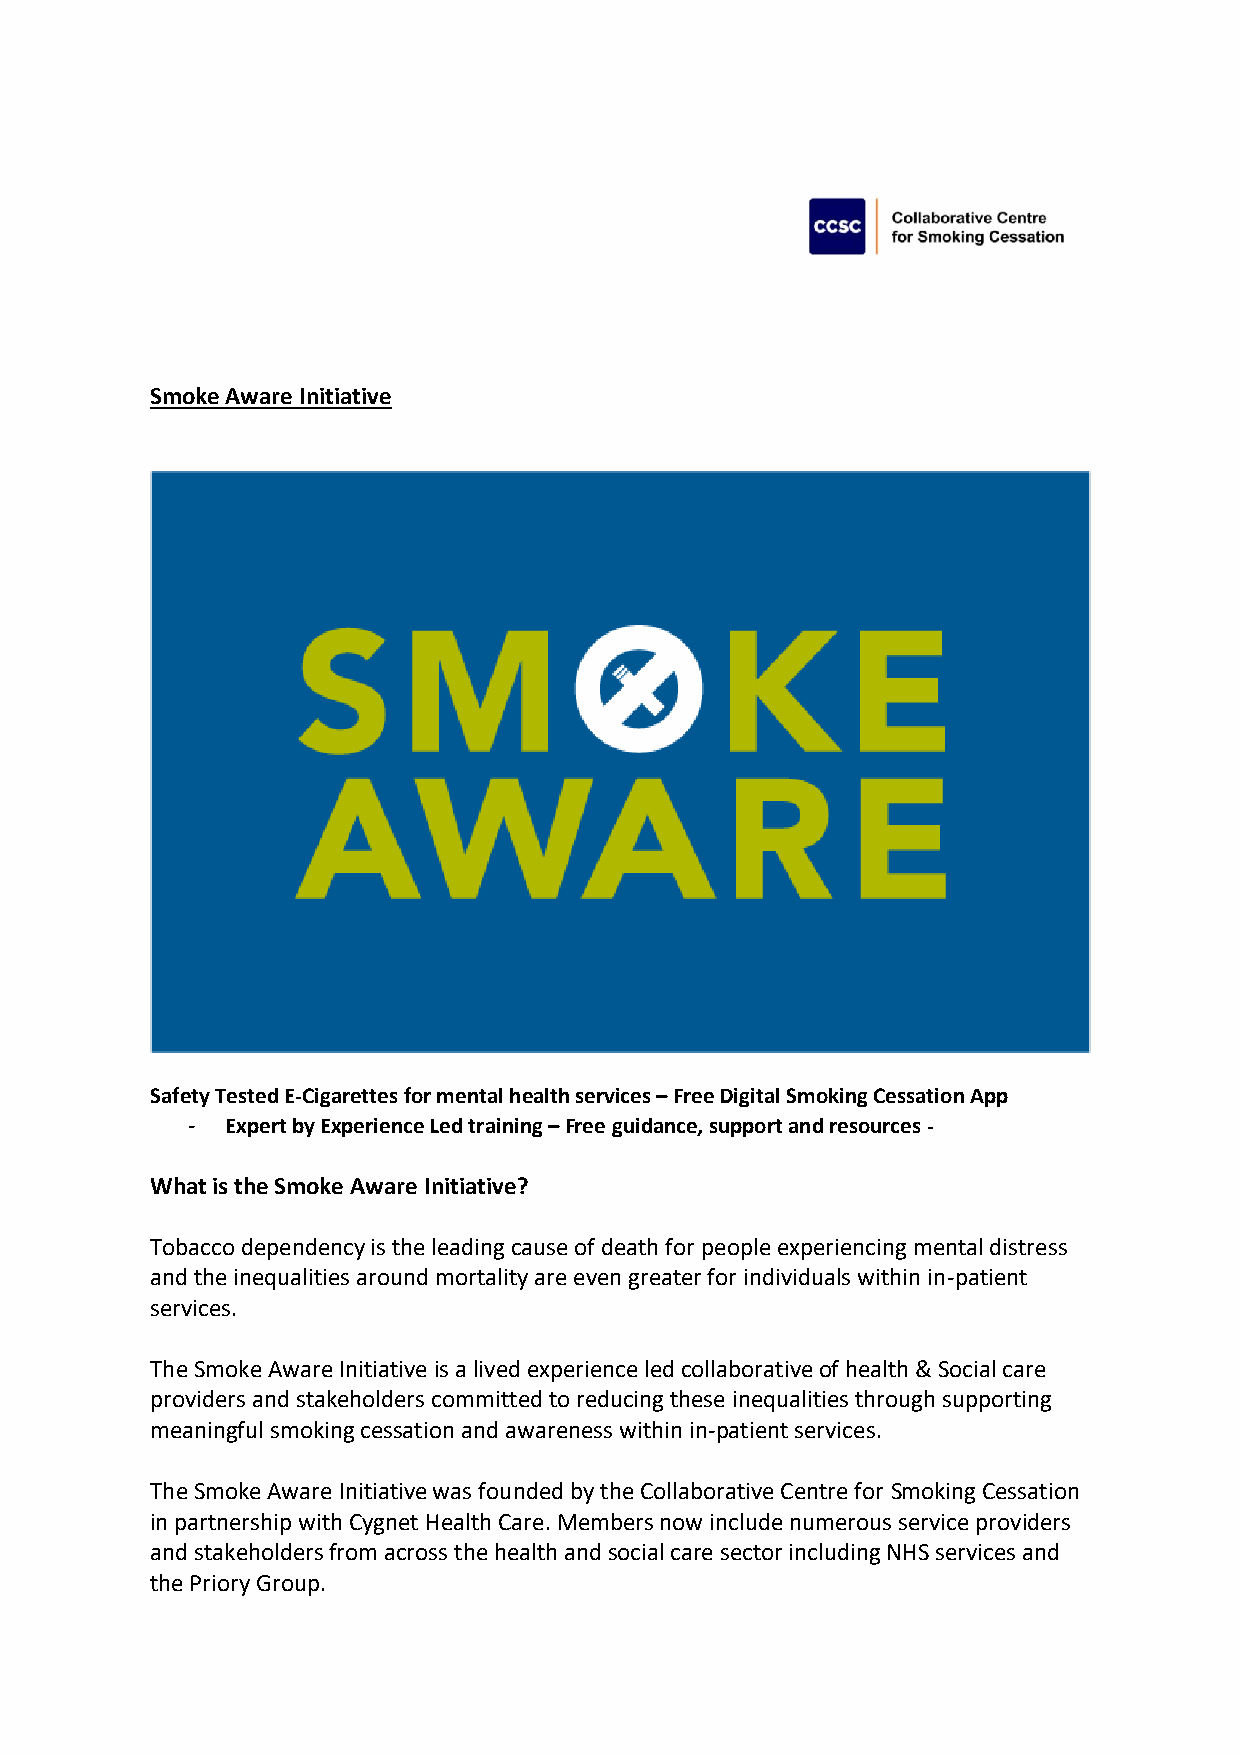
Smoke Aware Initiative
 Safety Tested E-Cigarettes for mental health services – Free Digital Smoking Cessation App
 -  Expert by Experience Led training – Free guidance, support and resources -
 What is the Smoke Aware Initiative?
 Tobacco dependency is the leading cause of death for people experiencing mental distress
 and the inequalities around mortality are even greater for individuals within in-patient
 services.
 The Smoke Aware Initiative is a lived experience led collaborative of health & Social care
 providers and stakeholders committed to reducing these inequalities through supporting
 meaningful smoking cessation and awareness within in-patient services.
 The Smoke Aware Initiative was founded by the Collaborative Centre for Smoking Cessation
 in partnership with Cygnet Health Care. Members now include numerous service providers
 and stakeholders from across the health and social care sector including NHS services and
 the Priory Group.